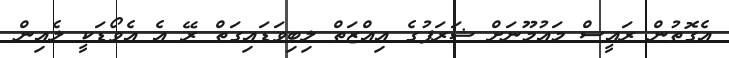
އެގޮތުން ރައީސް މައުމޫނަށް ޝަރަފުގެ އިއްޒަތް ލިބިވަޑައިގަތް ރޭ އެ އެވޯޑަކީ ލެއިން